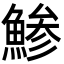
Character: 鯵